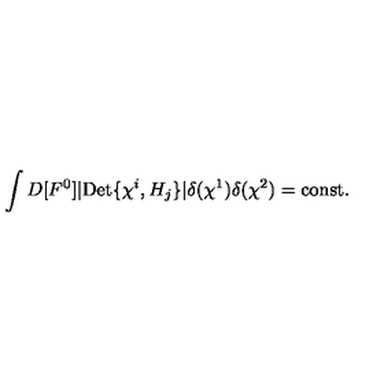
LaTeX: \int D [ F ^ { 0 } ] | \mathrm { D e t } \{ \chi ^ { i } , H _ { j } \} | \delta ( \chi ^ { 1 } ) \delta ( \chi ^ { 2 } ) = \mathrm { c o n s t . }